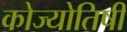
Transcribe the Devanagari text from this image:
कोज्योतिषी